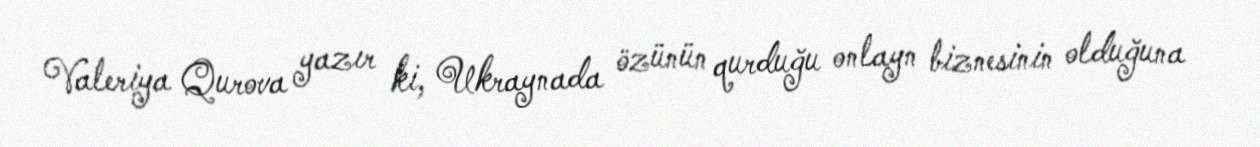
Valeriya Qurova yazır ki, Ukraynada özünün qurduğu onlayn biznesinin olduğuna